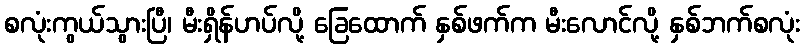
စလုံးကွယ်သွားပြီ၊ မီးရှိန်ဟပ်လို့ ခြေထောက် နှစ်ဖက်က မီးလောင်လို့ နှစ်ဘက်စလုံး